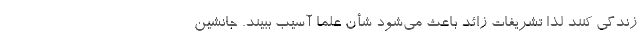
زندگی کنند لذا تشریفات زائد باعث می‌شود شأن علما آسیب ببیند. جانشین